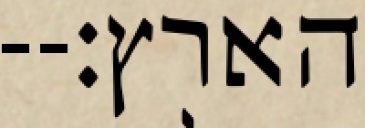
הארץ׃--